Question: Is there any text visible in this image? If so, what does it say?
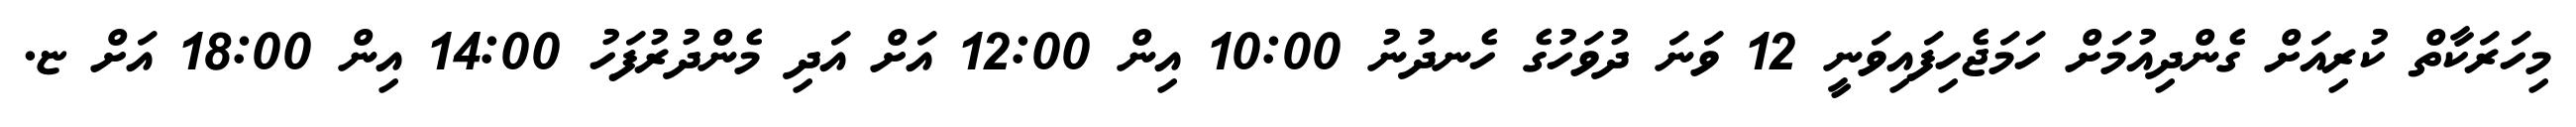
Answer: މިހަރަކާތް ކުރިއަށް ގެންދިއުމަށް ހަމަޖެހިފައިވަނީ 12 ވަނަ ދުވަހުގެ ހެނދުނު 10:00 އިން 12:00 އަށް އަދި މެންދުރުފަހު 14:00 އިން 18:00 އަށް ޏ.